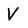
Character: V